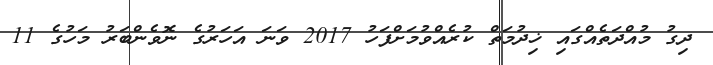
ދިގު މުއްދަތެއްގައި ޚިދުމަތް ކުރެއްވުމަށްފަހު 2017 ވަނަ އަހަރުގެ ނޮވެންބަރު މަހުގެ 11